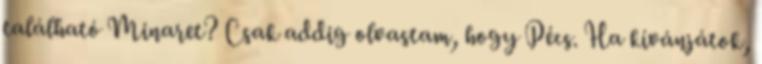
található Minaret? Csak addig olvastam, hogy Pécs. Ha kívánjátok,